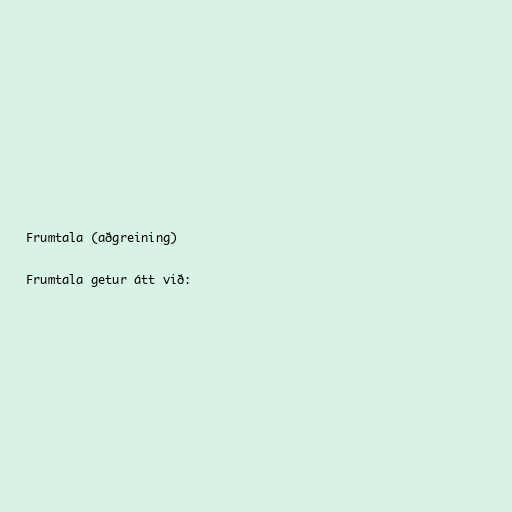
Frumtala (aðgreining)

Frumtala getur átt við: